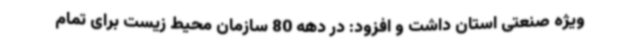
ویژه صنعتی استان داشت و افزود: در دهه 80 سازمان محیط زیست برای تمام